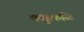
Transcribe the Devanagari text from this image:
कक्कुकळि